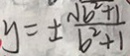
y = \pm \frac { \sqrt { b ^ { 2 } + 1 } } { b ^ { 2 } + 1 }